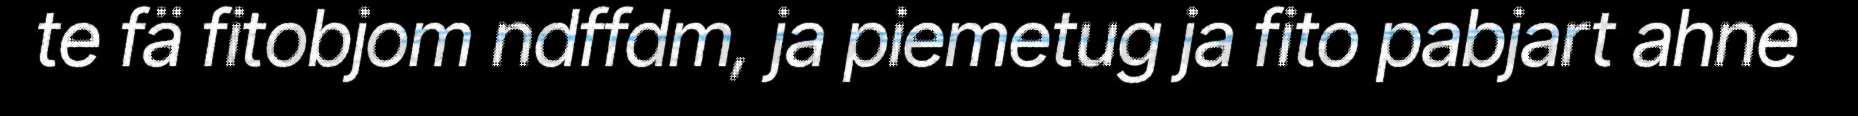
te fä fitobjom ndffdm, ja piemetug ja fito pabjart ahne